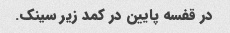
در قفسه پایین در کمد زیر سینک.